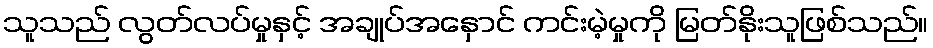
သူသည် လွတ်လပ်မှုနှင့် အချုပ်အနှောင် ကင်းမဲ့မှုကို မြတ်နိုးသူဖြစ်သည်။